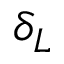
\delta _ { L }